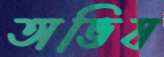
অভিষ